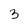
Character: 3